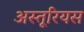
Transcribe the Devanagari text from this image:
अस्तूरियस